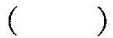
( )